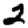
Digit: 2